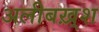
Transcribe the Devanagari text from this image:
अलीबख़्श